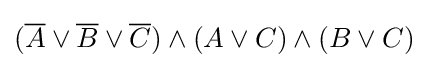
({\overline {A}}\vee {\overline {B}}\vee {\overline {C}})\wedge (A\vee C)\wedge (B\vee C)